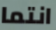
انتما